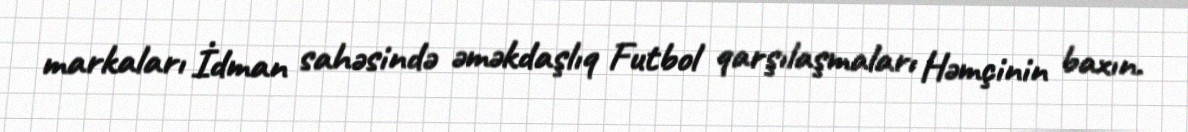
markaları İdman sahəsində əməkdaşlıq Futbol qarşılaşmaları Həmçinin baxın.